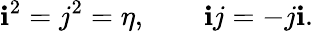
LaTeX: \mathbf{i}^{2}=j^{2}=\eta,\qquad\mathbf{i}j=-j\mathbf{i}.